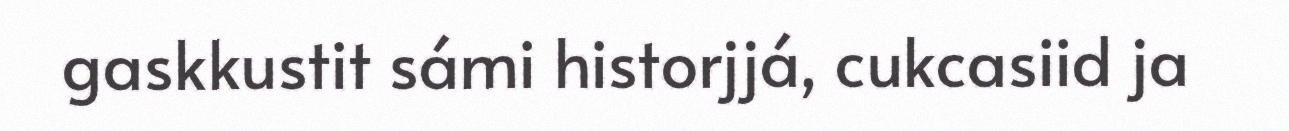
gaskkustit sámi historjjá, cukcasiid ja